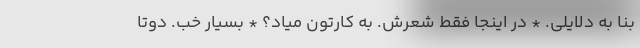
بنا به دلایلی. * در اینجا فقط شعرش. به کارتون میاد؟ * بسیار خب. دوتا